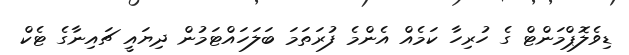
ޑިވެލޮޕްމަންޓް ގެ ހުރިހާ ކަމެއް އެންމެ ފުރަތަމަ ބަލަހައްޓަމުން ދިޔައީ ޗައިނާގެ ޓެކް